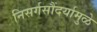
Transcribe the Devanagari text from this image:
निसर्गसौंदर्यामुळे